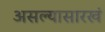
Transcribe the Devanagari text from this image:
असल्यासारखं